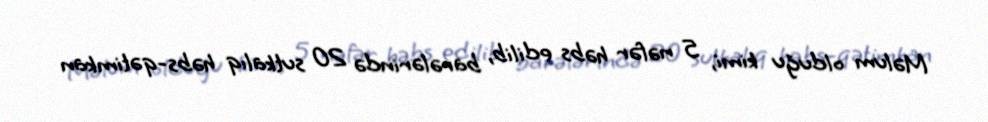
Məlum olduğu kimi, 5 nəfər həbs edilib, barələrində 20 sutkalıq həbs-qətimkan